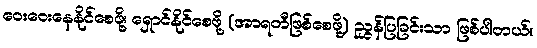
ဝေးဝေးနေနိုင်စေဖို့၊ ရှောင်နိုင်စေဖို့ (အာရတီဖြစ်စေဖို့) ညွှန်ပြခြင်းသာ ဖြစ်ပါတယ်။